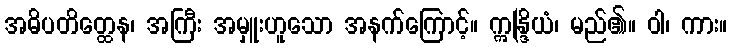
အဓိပတိတ္ထေန၊ အကြီး အမှူးဟူသော အနက်ကြောင့်။ ဣန္ဒြိယံ၊ မည်၏။ ဝါ၊ ကား။